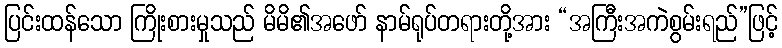
ပြင်းထန်သော ကြိုးစားမှုသည် မိမိ၏အဖော် နာမ်ရုပ်တရားတို့အား “အကြီးအကဲစွမ်းရည်”ဖြင့်